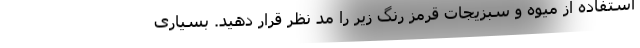
استفاده از میوه و سبزیجات قرمز رنگ زیر را مد نظر قرار دهید. بسیاری